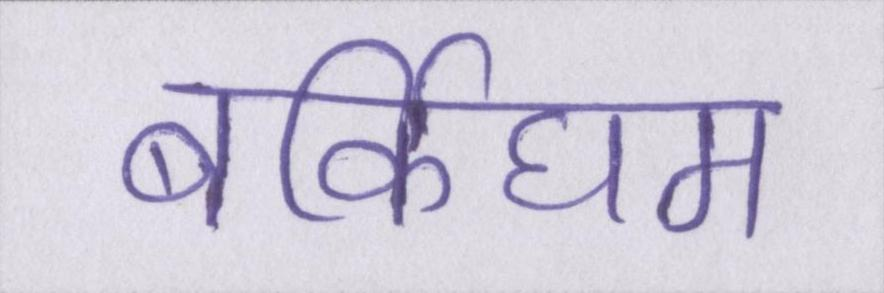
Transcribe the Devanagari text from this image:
बर्किघम